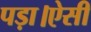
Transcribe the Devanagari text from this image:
पड़ा।ऐसी